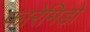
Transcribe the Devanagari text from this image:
फारेमिड़ो